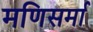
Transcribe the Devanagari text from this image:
मणिसर्मा